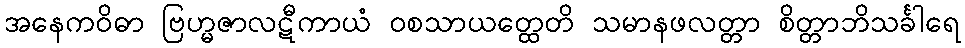
အနေကဝိဓာ ဗြဟ္မဇာလဋီကာယံ ဝစသာယတ္ထေတိ သမာနဖလတ္တာ စိတ္တာဘိသင်္ခါရေ